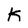
Character: K